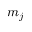
m _ { j }